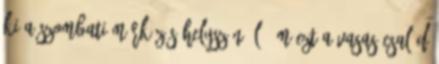
ki a szombati mérkőzés helyszínéül, ám ezt a Vasas-család